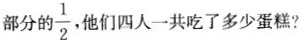
部分的\frac{1}{2}，他们四人一共吃了多少蛋糕？